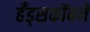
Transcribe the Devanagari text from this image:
हँड्सकोंबने